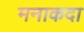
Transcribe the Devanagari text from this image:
मनाकदा